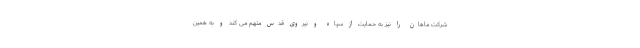
شرکت ماهان را نیز به حمایت از سپاه و نیروی قدس متهم می کند و به همین